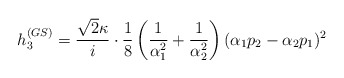
\begin{align*}h_3^{(GS)} = \frac{\sqrt{2} \kappa}{i} \cdot \frac{1}{8} \left( \frac{1}{\alpha_1^{ 2}} +\frac{1}{\alpha_2^{ 2} } \right) ( \alpha_1 p_2 - \alpha_2 p_1 )^2 ~\end{align*}